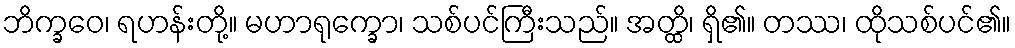
ဘိက္ခဝေ၊ ရဟန်းတို့။ မဟာရုက္ခော၊ သစ်ပင်ကြီးသည်။ အတ္ထိ၊ ရှိ၏။ တဿ၊ ထိုသစ်ပင်၏။